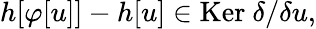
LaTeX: h[\varphi[u]]-h[u]\in\mathrm{Ker~}\delta/\delta u,